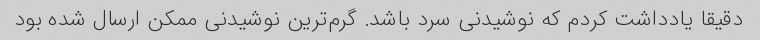
دقیقا یادداشت کردم که نوشیدنی سرد باشد. گرم‌ترین نوشیدنی ممکن ارسال شده بود